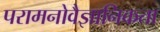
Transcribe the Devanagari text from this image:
परामनोवैज्ञानिकता